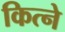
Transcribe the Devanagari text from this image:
कित्ने